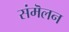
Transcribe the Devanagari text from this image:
संमॆलन